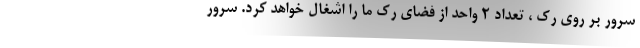
سرور بر روی رک ، تعداد ۲ واحد از فضای رک ما را اشغال خواهد کرد. سرور